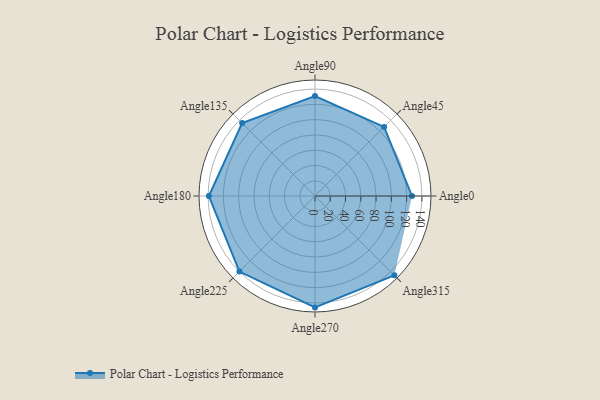
{"axis": {"x": "Angle", "y": "Radius"}, "legend": [""], "data": [{"x": "Angle0", "y": 127.0, "type": ""}, {"x": "Angle45", "y": 128.0, "type": ""}, {"x": "Angle90", "y": 131.0, "type": ""}, {"x": "Angle135", "y": 135.0, "type": ""}, {"x": "Angle180", "y": 139.0, "type": ""}, {"x": "Angle225", "y": 140.0, "type": ""}, {"x": "Angle270", "y": 146.0, "type": ""}, {"x": "Angle315", "y": 147.0, "type": ""}]}